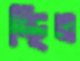
স্থিত